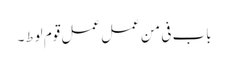
باب فی من عمل عمل قوم لوط۔